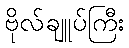
ဗိုလ်ချူပ်ကြီး